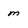
Character: m